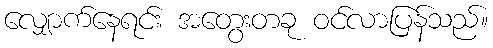
လျှောက်နေရင်း အတွေးတခု ဝင်လာပြန်သည်။